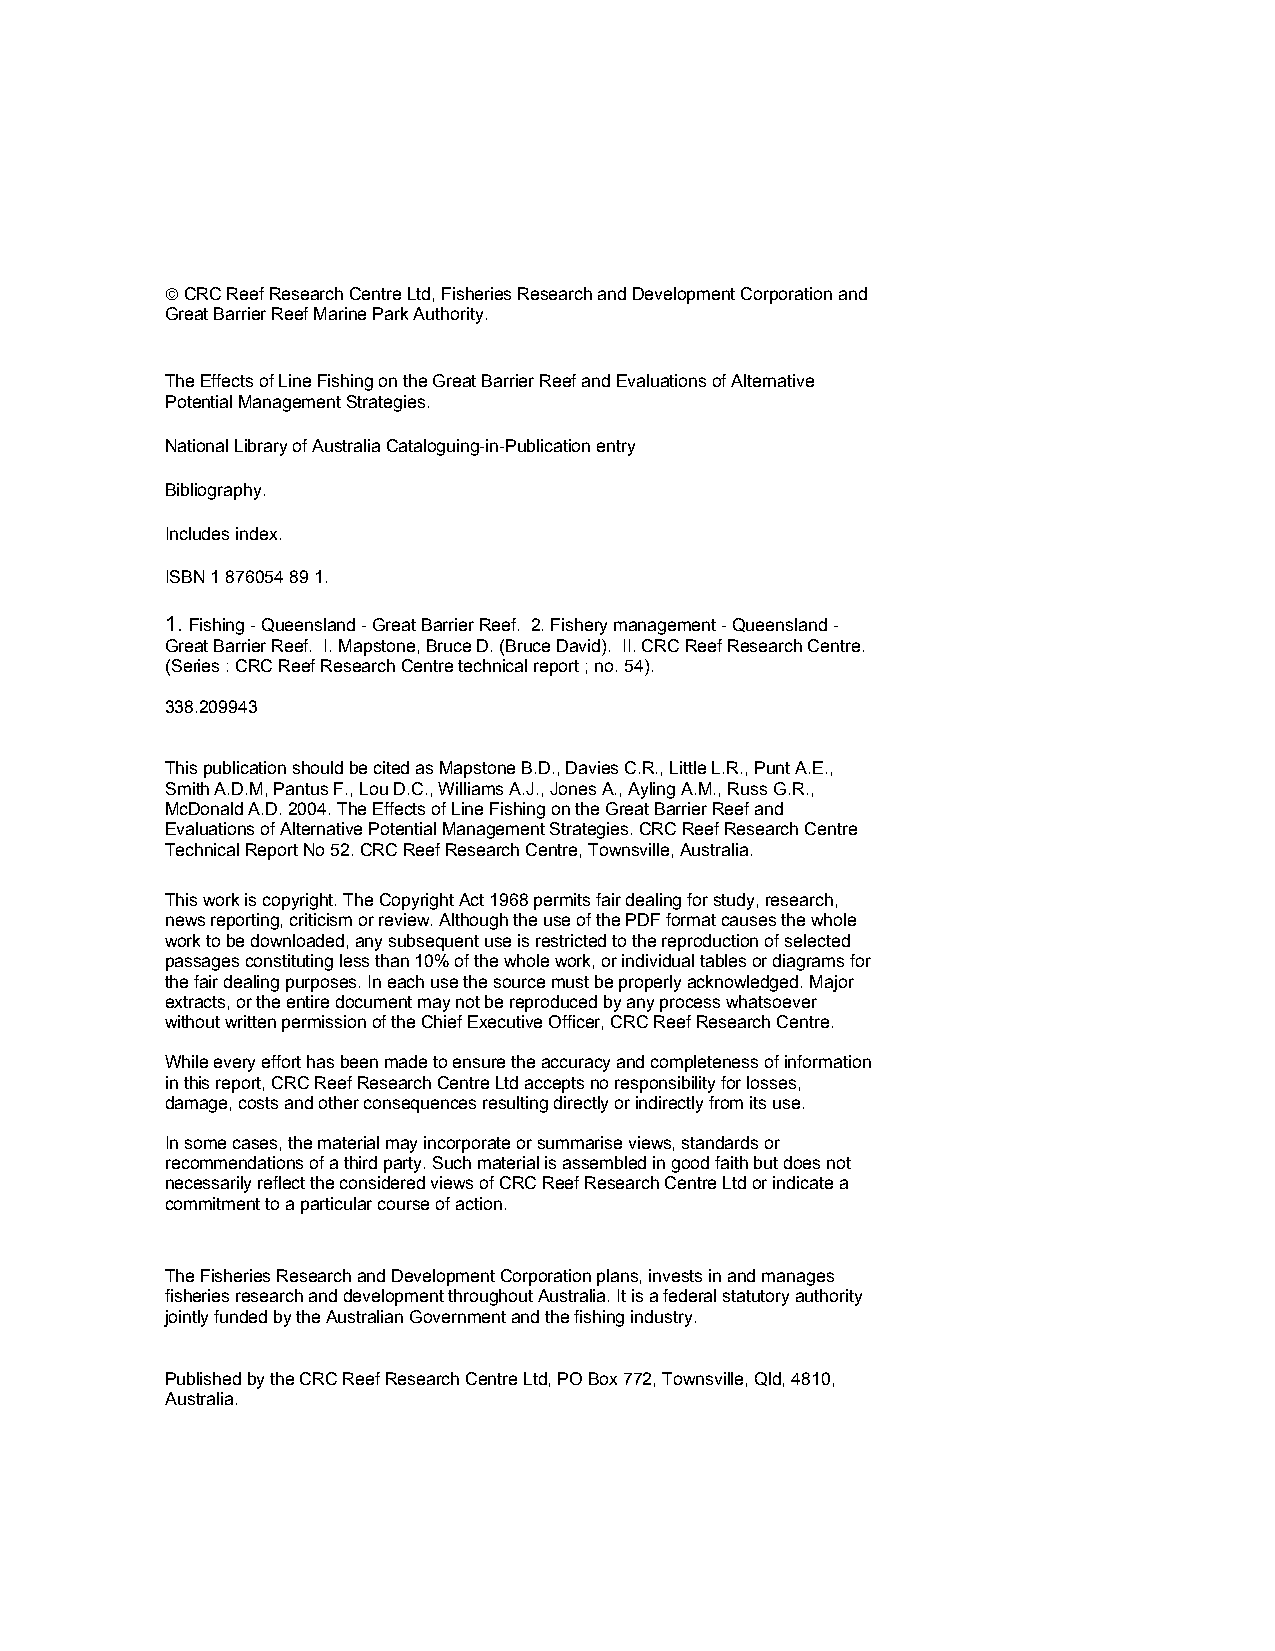
CRC Reef Research Centre Ltd, Fisheries Research and Development Corporation and
 Great Barrier Reef Marine Park Authority.
 The Effects of Line Fishing on the Great Barrier Reef and Evaluations of Alternative
 Potential Management Strategies.
 National Library of Australia Cataloguing-in-Publication entry
 Bibliography.
 Includes index.
 ISBN 1 876054 89 1.
 1. Fishing - Queensland - Great Barrier Reef. 2. Fishery management - Queensland -
 Great Barrier Reef. I. Mapstone, Bruce D. (Bruce David). II. CRC Reef Research Centre.
 (Series : CRC Reef Research Centre technical report ; no. 54).
 338.209943
 This publication should be cited as Mapstone B.D., Davies C.R., Little L.R., Punt A.E.,
 Smith A.D.M, Pantus F., Lou D.C., Williams A.J., Jones A., Ayling A.M., Russ G.R.,
 McDonald A.D. 2004. The Effects of Line Fishing on the Great Barrier Reef and
 Evaluations of Alternative Potential Management Strategies. CRC Reef Research Centre
 Technical Report No 52. CRC Reef Research Centre, Townsville, Australia.
 This work is copyright. The Copyright Act 1968 permits fair dealing for study, research,
 news reporting, criticism or review. Although the use of the PDF format causes the whole
 work to be downloaded, any subsequent use is restricted to the reproduction of selected
 passages constituting less than 10% of the whole work, or individual tables or diagrams for
 the fair dealing purposes. In each use the source must be properly acknowledged. Major
 extracts, or the entire document may not be reproduced by any process whatsoever
 without written permission of the Chief Executive Officer, CRC Reef Research Centre.
 While every effort has been made to ensure the accuracy and completeness of information
 in this report, CRC Reef Research Centre Ltd accepts no responsibility for losses,
 damage, costs and other consequences resulting directly or indirectly from its use.
 In some cases, the material may incorporate or summarise views, standards or
 recommendations of a third party. Such material is assembled in good faith but does not
 necessarily reflect the considered views of CRC Reef Research Centre Ltd or indicate a
 commitment to a particular course of action.
 The Fisheries Research and Development Corporation plans, invests in and manages
 fisheries research and development throughout Australia. It is a federal statutory authority
 jointly funded by the Australian Government and the fishing industry.
 Published by the CRC Reef Research Centre Ltd, PO Box 772, Townsville, Qld, 4810,
 Australia.